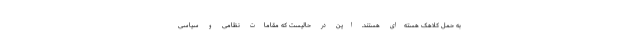
به حمل کلاهک هسته‌ای هستند. این در حالیست که مقامات نظامی و سیاسی